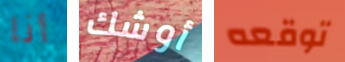
أنا أوشك توقعه